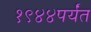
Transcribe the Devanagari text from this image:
१९४४पर्यंत